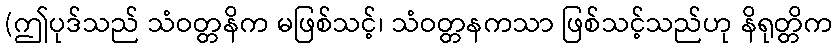
(ဤပုဒ်သည် သံဝတ္တနိက မဖြစ်သင့်၊ သံဝတ္တနကသာ ဖြစ်သင့်သည်ဟု နိရုတ္တိက